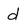
Character: d